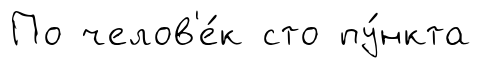
По челов'е́к сто пу́нкта